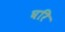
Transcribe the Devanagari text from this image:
घरि